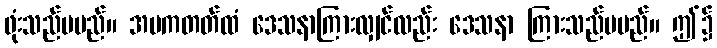
ဖုံးသည်မမည်။ အပကတတ်ထံ ဒေသနာကြားလျှင်လည်း ဒေသနာ ကြားသည်မမည်။ ဤ၌